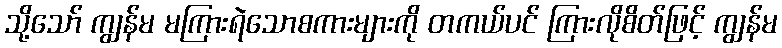
သို့သော် ကျွန်မ မကြားရဲသောစကားများကို တကယ်ပင် ကြားလိုစိတ်ဖြင့် ကျွန်မ